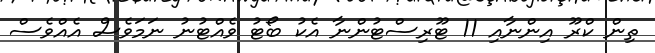
ތިން ކްރޫ އިންނާއި 11 ޓޫރިސްޓުންނާ އެކު ބޯޓު ވެއްޓުނު ނަމަވެސް އެއްވެސް